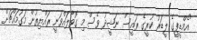
"އެމްޑީޕީގެ ލީޑަރު ކުރީގެ ރައީސް ނަޝީދު ވެސް މި ގޮވާލައްވަނީ ރައްޔިތުން މަގުމައްޗަށް